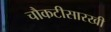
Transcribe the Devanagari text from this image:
चौकटीसारखी